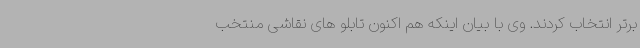
برتر انتخاب کردند. وی با بیان اینکه هم اکنون تابلو های نقاشی منتخب